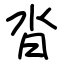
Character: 沓